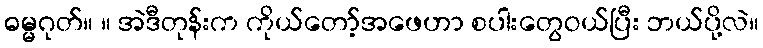
ဓမ္မဂုတ်။ ။ အဲဒီတုန်းက ကိုယ်တော့်အဖေဟာ စပါးတွေဝယ်ပြီး ဘယ်ပို့လဲ။